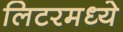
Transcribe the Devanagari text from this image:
लिटरमध्ये